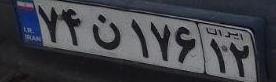
۷۴ن۱۷۶۱۲